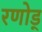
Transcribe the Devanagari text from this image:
रणोड्